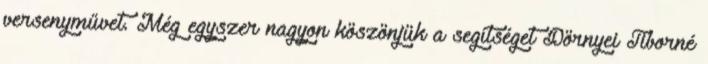
versenyművet. Még egyszer nagyon köszönjük a segítséget Dörnyei Tiborné